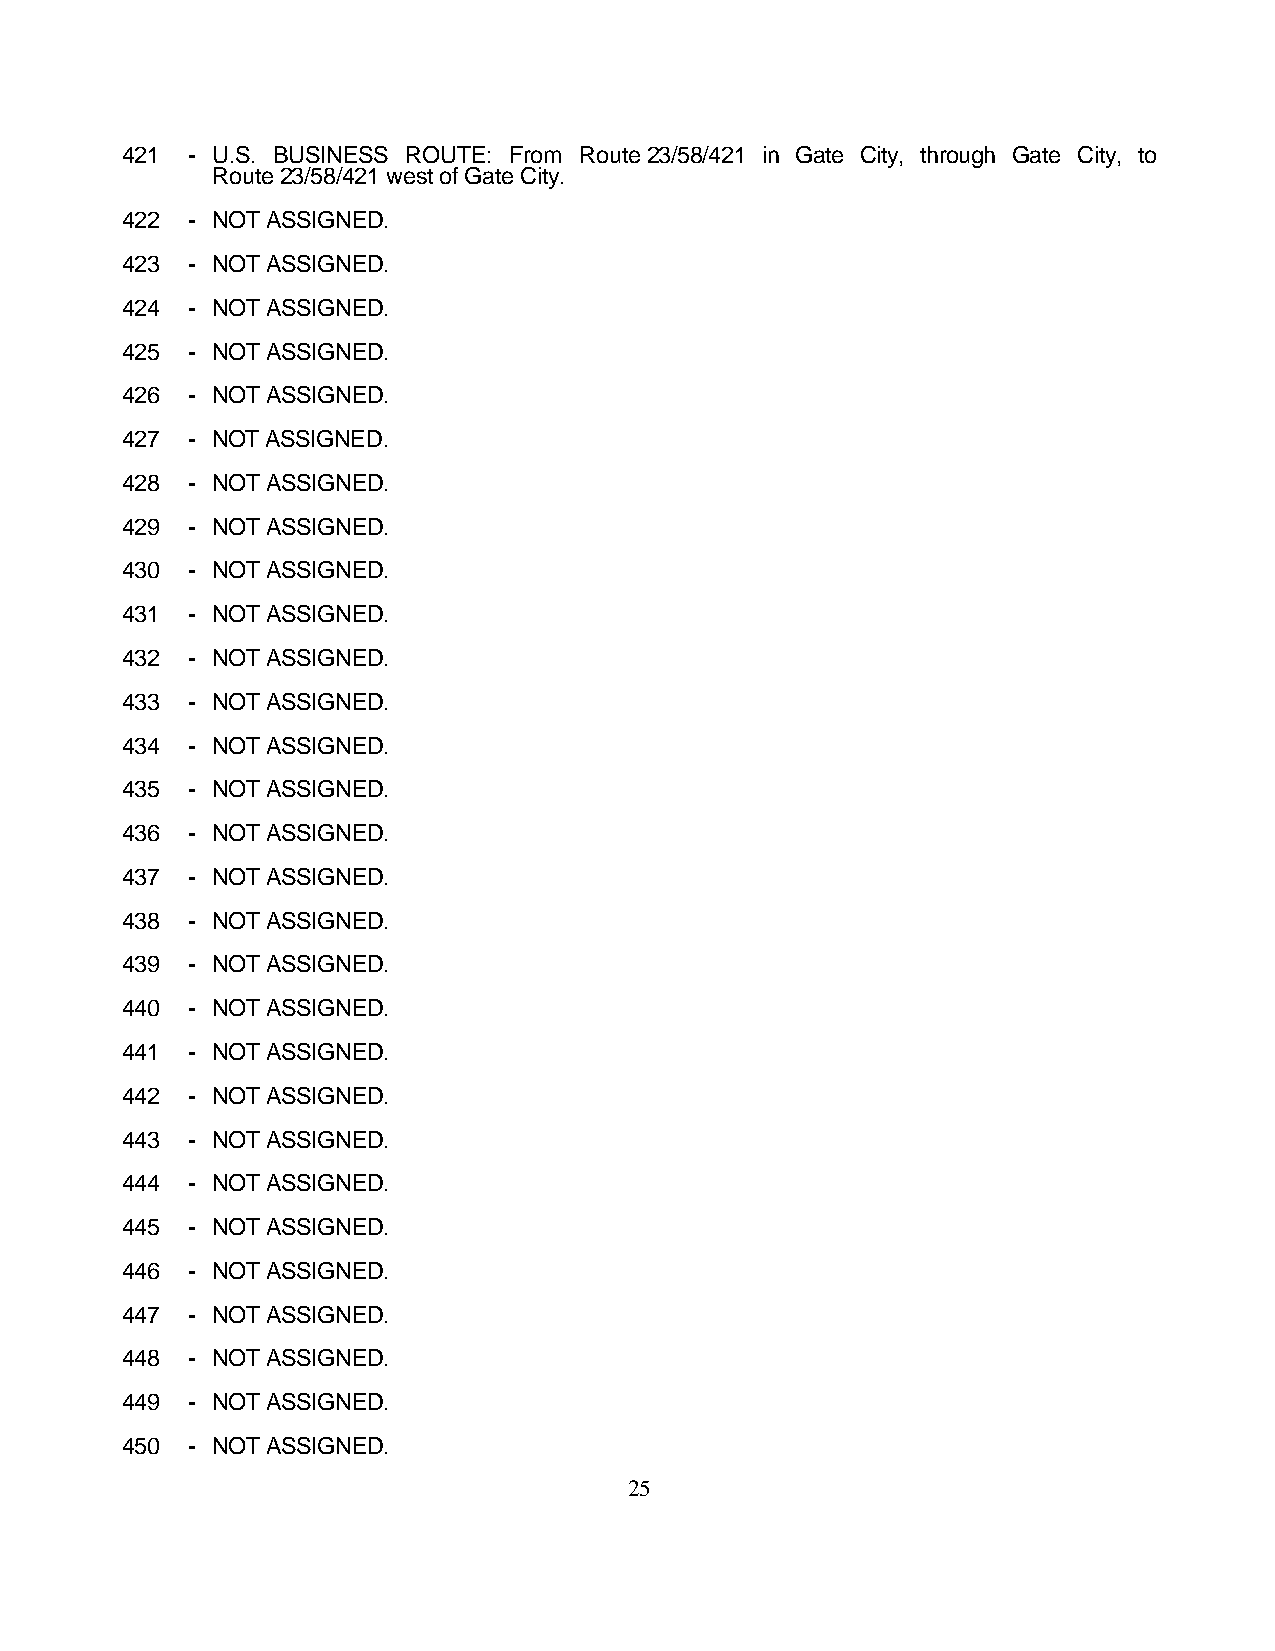
421 - U.S. BUSINESS ROUTE: From Route 23/58/421 in Gate City, through Gate City, to
 Route 23/58/421 west of Gate City.
 422 - NOT ASSIGNED.
 423 - NOT ASSIGNED.
 424 - NOT ASSIGNED.
 425 - NOT ASSIGNED.
 426 - NOT ASSIGNED.
 427 - NOT ASSIGNED.
 428 - NOT ASSIGNED.
 429 - NOT ASSIGNED.
 430 - NOT ASSIGNED.
 431 - NOT ASSIGNED.
 432 - NOT ASSIGNED.
 433 - NOT ASSIGNED.
 434 - NOT ASSIGNED.
 435 - NOT ASSIGNED.
 436 - NOT ASSIGNED.
 437 - NOT ASSIGNED.
 438 - NOT ASSIGNED.
 439 - NOT ASSIGNED.
 440 - NOT ASSIGNED.
 441 - NOT ASSIGNED.
 442 - NOT ASSIGNED.
 443 - NOT ASSIGNED.
 444 - NOT ASSIGNED.
 445 - NOT ASSIGNED.
 446 - NOT ASSIGNED.
 447 - NOT ASSIGNED.
 448 - NOT ASSIGNED.
 449 - NOT ASSIGNED.
 450 - NOT ASSIGNED.
 25